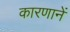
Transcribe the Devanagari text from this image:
कारणानें